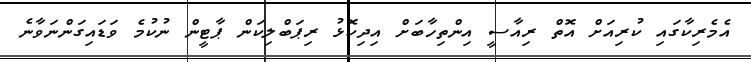
އެމެރިކާގައި ކުރިއަށް އޮތް ރިއާސީ އިންތިހާބަށް އިދިކޮޅު ރިޕަބްލިކަން ޕާޓީން ނުކުމެ ވަޑައިގަންނަވާނެ